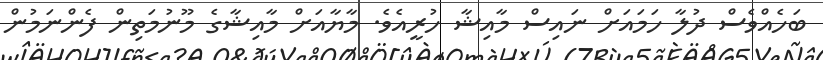
ބަހެއްވެސް ދުލާ ހަމައަށް ނައިސް މާއިޝާ ހުރީއެވެ. މާޔާއަށް މާއިޝާގެ މޫނުމަތިން ފެންނަމުން